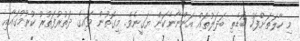
މި ހާލަތަށްފަހު ބޮޑެތި ބަދަލުތައް އަންނާނެކަން ޔަގީނެވެ. މިގޮތުން ވައިގެ ދަތުރުފަތުރު ކުރުމުގައާއި